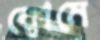
ক্বোমে